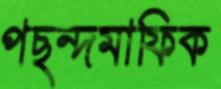
পছন্দমাফিক